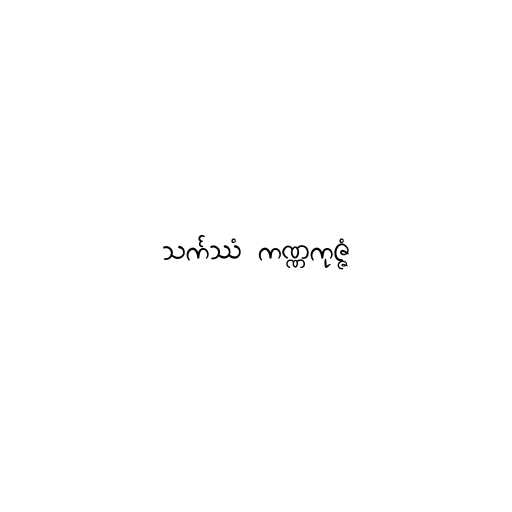
သင်္ကဿံ ကဏ္ဏကုဇ္ဇံ